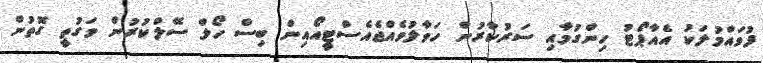
ފުވައްމުލަކު އެއާޕޯޓު ހިންގުމާއި ސަރުކާރުން ހަވާލުވެއްޖެއެސްޓީއޯއިން ބިސް ހޯލް ސޭލްކުރުން ވަގުތީ ގޮތުން